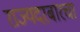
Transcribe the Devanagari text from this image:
राज्यदरबारचा